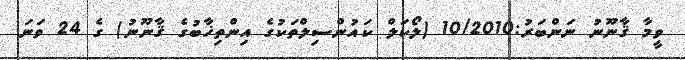
ވީމާ ޤާނޫނު ނަންބަރު:10/2010 (ލޯކަލް ކައުންސިލްތަކުގެ އިންތިޚާބުގެ ޤާނޫނު) ގެ 24 ވަނަ